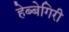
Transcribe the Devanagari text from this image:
हेब्बेगिरी